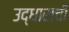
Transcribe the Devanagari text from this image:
उद्धाराची